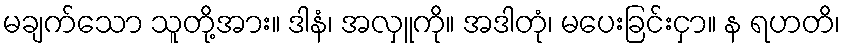
မချက်သော သူတို့အား။ ဒါနံ၊ အလှူကို။ အဒါတုံ၊ မပေးခြင်းငှာ။ န ရဟတိ၊